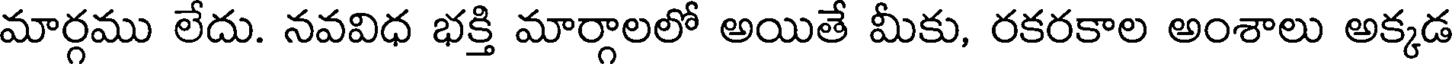
మార్గము లేదు. నవవిధ భక్తి మార్గాలలో అయితే మీకు, రకరకాల అంశాలు అక్కడ